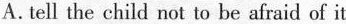
A. tell the child not to be afraid of it